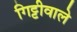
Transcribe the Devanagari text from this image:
गिट्टीवाले